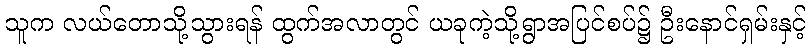
သူက လယ်တောသို့သွားရန် ထွက်အလာတွင် ယခုကဲ့သို့ရွာအပြင်စပ်၌ ဦးနောင်ရှမ်းနှင့်